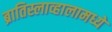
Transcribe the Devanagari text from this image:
ब्रातिस्लाव्हालामध्ये